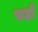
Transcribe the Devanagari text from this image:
सहाँ